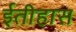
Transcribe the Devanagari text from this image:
ईतीहास